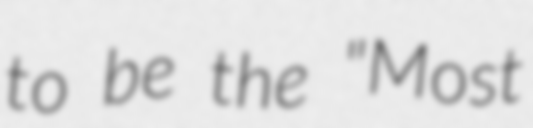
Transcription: to be the "Most